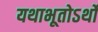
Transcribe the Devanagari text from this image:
यथाभूतोऽर्थो